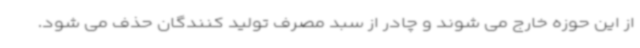
از این حوزه خارج می شوند و چادر از سبد مصرف تولید کنندگان حذف می شود.